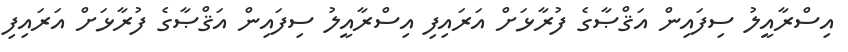
އިސްރާއީލު ސިފައިން އަޤްޞާގެ ފުރާޅަށް އަރައިފި އިސްރާއީލު ސިފައިން އަޤްޞާގެ ފުރާޅަށް އަރައިފި